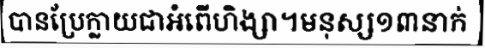
បានប្រែក្លាយជាអំពើហិង្សា។មនុស្ស១៣នាក់